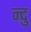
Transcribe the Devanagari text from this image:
न्दु